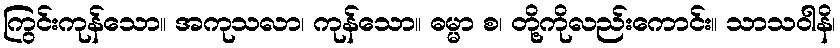
ကြွင်းကုန်သော။ အကုသလာ၊ ကုန်သော။ ဓမ္မာ စ၊ တို့ကိုလည်းကောင်း။ သာသဝါနိ၊